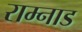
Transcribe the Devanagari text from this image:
राम्नाड